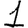
Digit: 1